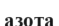
азота